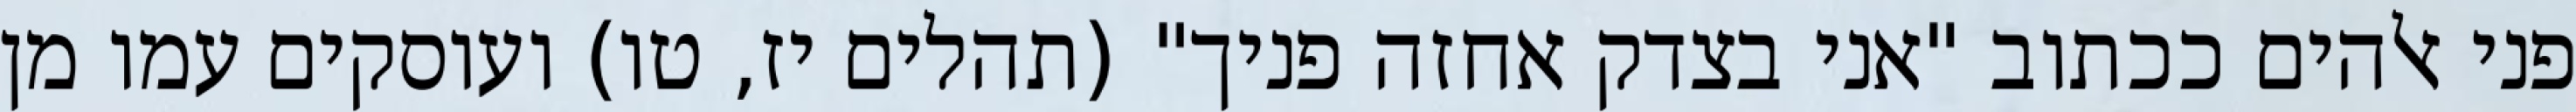
פני אלהים ככתוב "אני בצדק אחזה פניך" (תהלים יז, טו) ועוסקים עמו מן